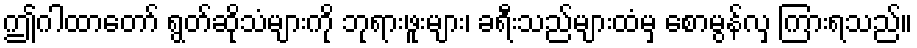
ဤဂါထာတော် ရွတ်ဆိုသံများကို ဘုရားဖူးများ၊ ခရီးသည်များထံမှ စောမွန်လှ ကြားရသည်။